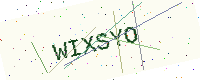
Text: WIXSYO